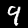
Digit: 9